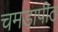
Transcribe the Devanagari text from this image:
चमड़ापीठ